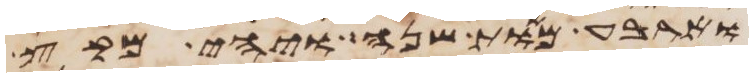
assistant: וארבע מאות שנה ויהי מקץ